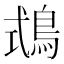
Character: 𪀦